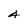
Character: A